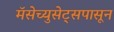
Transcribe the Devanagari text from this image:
मॅसेच्युसेट्सपासून